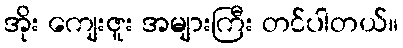
အိုး ကျေးဇူး အများကြီး တင်ပါတယ်။